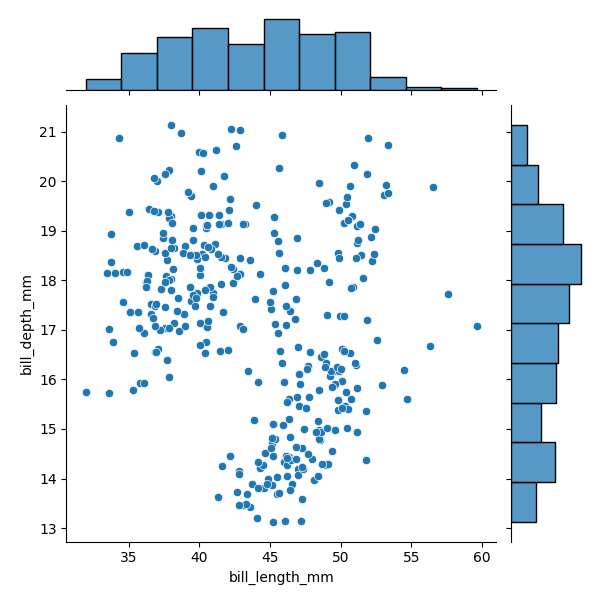
python, seaborn, JointGrid, scatterplot, histplot